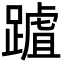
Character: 䠡